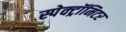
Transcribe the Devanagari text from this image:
स्पेक्ट्रॉमिटर